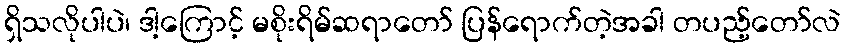
ရှိသလိုပါပဲ၊ ဒါ့ကြောင့် မစိုးရိမ်ဆရာတော် ပြန်ရောက်တဲ့အခါ တပည့်တော်လဲ